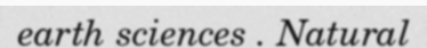
earth sciences . Natural